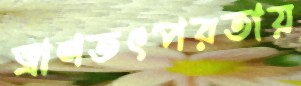
ত্রাণতৎপরতায়